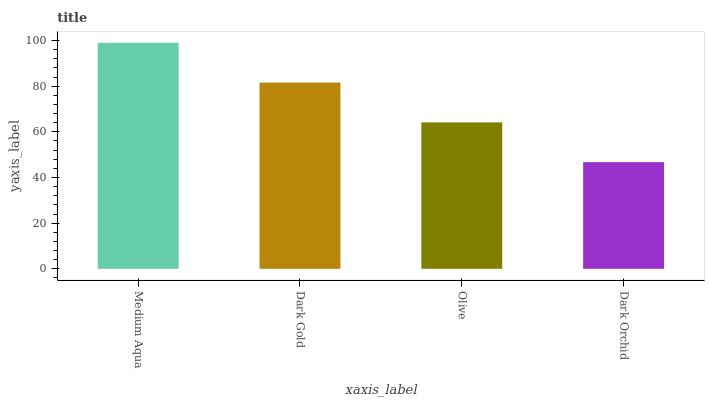
| xaxis_label | bars |
 | --- | --- |
 | Medium Aqua | 99 |
 | Dark Gold | 81.6 |
 | Olive | 64.1 |
 | Dark Orchid | 46.7 |